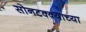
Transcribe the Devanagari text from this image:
सोनटक्क्याच्या